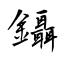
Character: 鑷